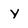
Character: y